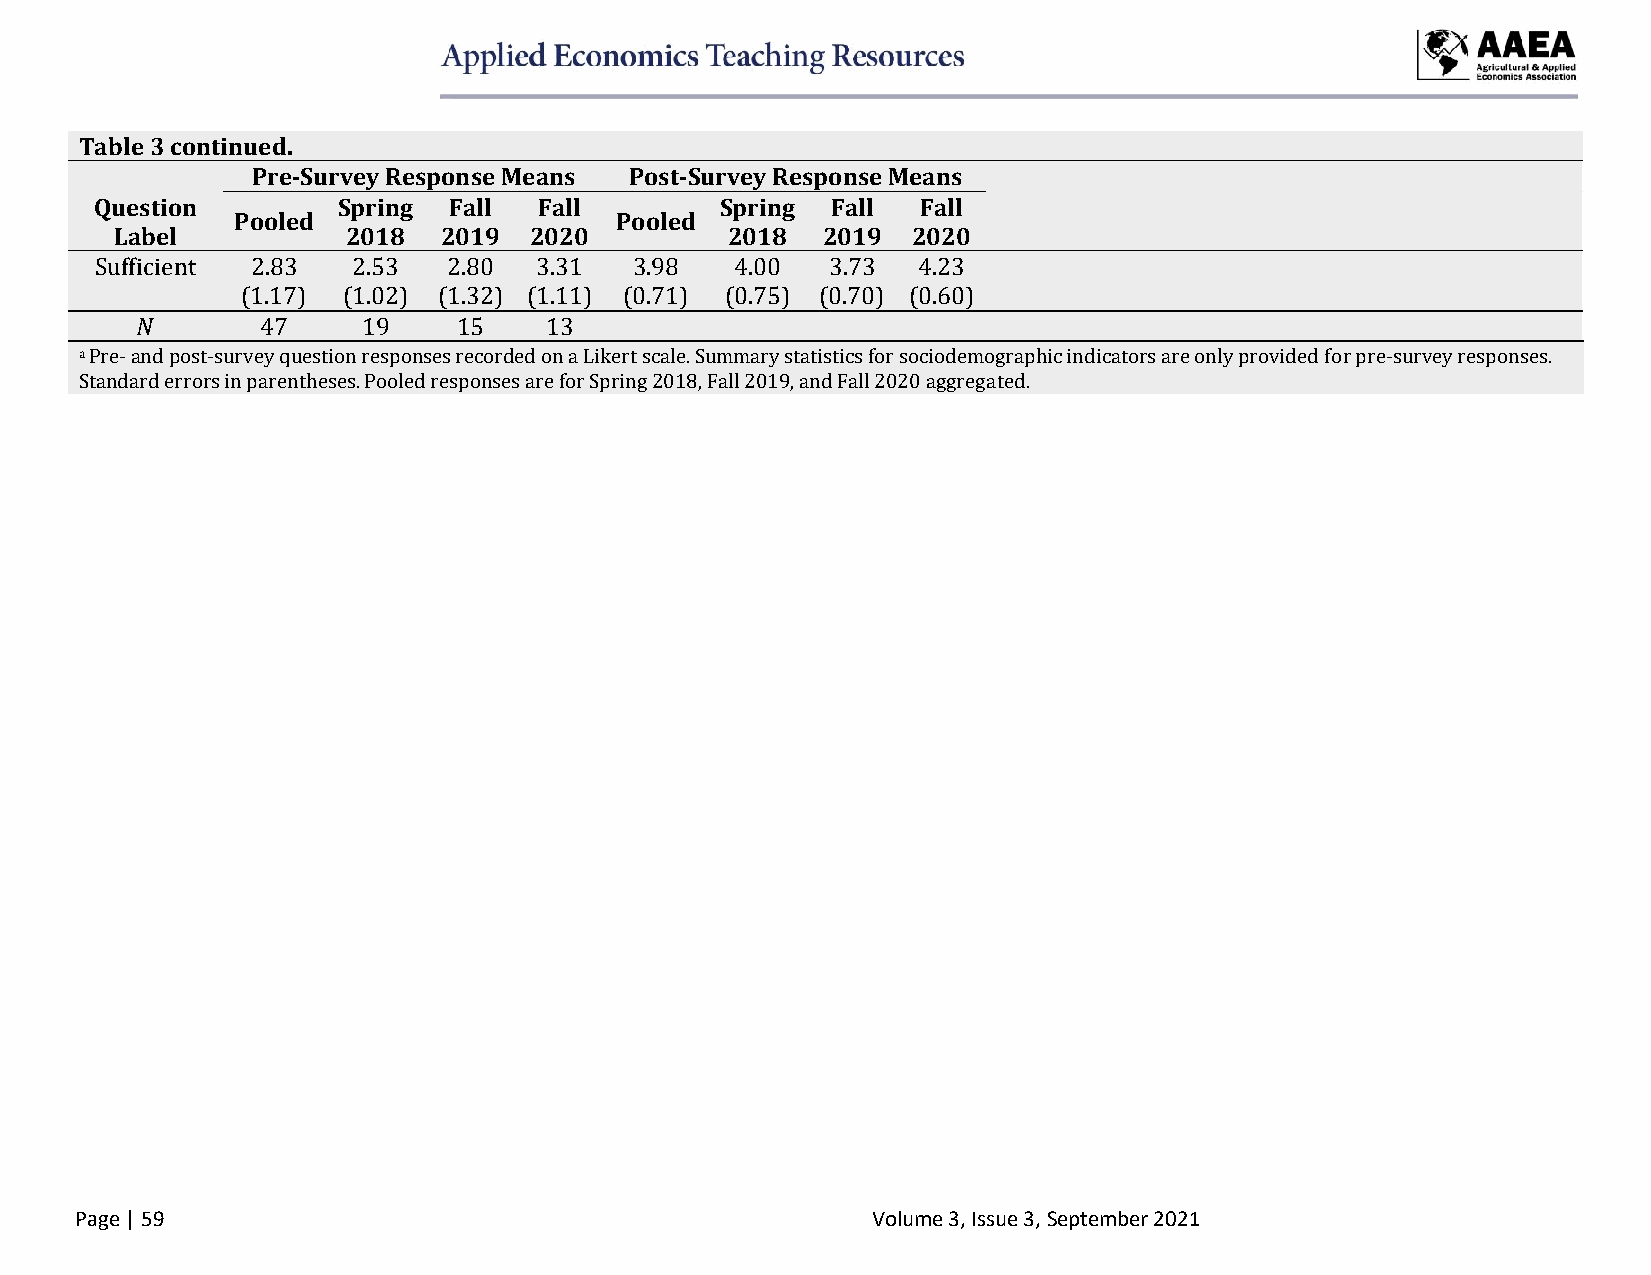
Table 3 continued.
 Pre-Survey Response Means Post-Survey Response Means
 Question        Spring  Fall  Fall        Spring Fall  Fall
 Pooled                   Pooled
 Label          2018  2019  2020         2018  2019  2020
 Sufficient 2.83  2.53   2.80 3.31   3.98   4.00  3.73  4.23
 (1.17) (1.02) (1.32) (1.11) (0.71) (0.75) (0.70) (0.60)
 𝑁       47     19    15    13
 a Pre- and post-survey question responses recorded on a Likert scale. Summary statistics for sociodemographic indicators are only provided for pre-survey responses.
 Standard errors in parentheses. Pooled responses are for Spring 2018, Fall 2019, and Fall 2020 aggregated.
 Page | 59                                            Volume 3, Issue 3, September 2021